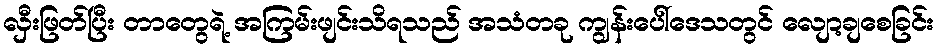
လှီးဖြတ်ပြီး တာတွေရဲ့ အကြမ်းဖျင်းသိရသည် အသံတခု ကျွန်းပေါ်ဒေသတွင် လျော့ချစေခြင်း